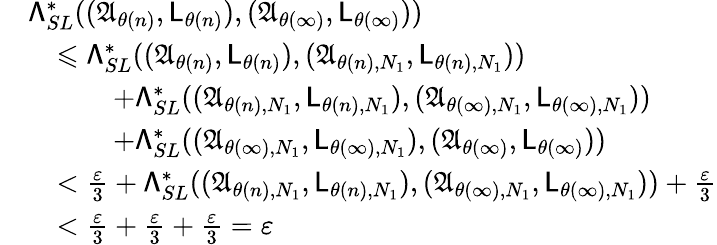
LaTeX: \begin{array}{rl}&{{\mathsf{\Lambda}_{SL}^{\ast}}(({\mathfrak{A}}_{\theta(n)},{\mathsf{L}}_{\theta(n)}),({\mathfrak{A}}_{\theta(\infty)},{\mathsf{L}}_{\theta(\infty)}))}\\ &{\quad\leqslant{\mathsf{\Lambda}_{SL}^{\ast}}(({\mathfrak{A}}_{\theta(n)},{\mathsf{L}}_{\theta(n)}),({\mathfrak{A}}_{\theta(n),N_{1}},{\mathsf{L}}_{\theta(n),N_{1}}))}\\ &{\quad\quad\quad+{\mathsf{\Lambda}_{SL}^{\ast}}(({\mathfrak{A}}_{\theta(n),N_{1}},{\mathsf{L}}_{\theta(n),N_{1}}),({\mathfrak{A}}_{\theta(\infty),N_{1}},{\mathsf{L}}_{\theta(\infty),N_{1}}))}\\ &{\quad\quad\quad+{\mathsf{\Lambda}_{SL}^{\ast}}(({\mathfrak{A}}_{\theta(\infty),N_{1}},{\mathsf{L}}_{\theta(\infty),N_{1}}),({\mathfrak{A}}_{\theta(\infty)},{\mathsf{L}}_{\theta(\infty)}))}\\ &{\quad<\frac{\varepsilon}{3}+{\mathsf{\Lambda}_{SL}^{\ast}}(({\mathfrak{A}}_{\theta(n),N_{1}},{\mathsf{L}}_{\theta(n),N_{1}}),({\mathfrak{A}}_{\theta(\infty),N_{1}},{\mathsf{L}}_{\theta(\infty),N_{1}}))+\frac{\varepsilon}{3}}\\ &{\quad<\frac{\varepsilon}{3}+\frac{\varepsilon}{3}+\frac{\varepsilon}{3}=\varepsilon}\end{array}